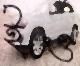
ইও